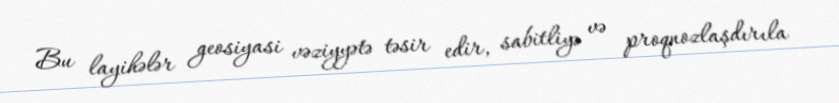
Bu layihələr geosiyasi vəziyyətə təsir edir, sabitliyə və proqnozlaşdırıla